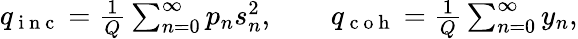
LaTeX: \begin{array}{r}{q_{\mathrm{~i~n~c~}}=\frac{1}{Q}\sum_{n=0}^{\infty}p_{n}s_{n}^{2},\qquad q_{\mathrm{~c~o~h~}}=\frac{1}{Q}\sum_{n=0}^{\infty}y_{n},}\end{array}